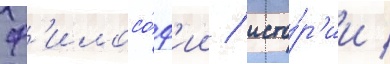
ф'илосо́ф'ии / исто́р'ии /